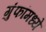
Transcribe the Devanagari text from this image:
गुंफांमध्ये